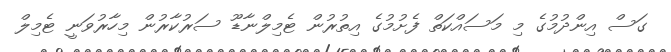
ގަސް އިންދުމުގެ މި މަސައްކަތް ފެށުމުގެ އިތުރުން ޓެމިލްނާޑޫ ސަރުކާރުން މިހާރުވަނީ ޓެމިލް